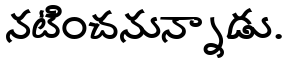
నటించనున్నాడు.